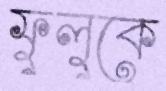
ফুলুকে